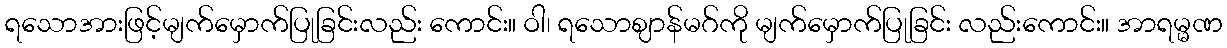
ရသောအားဖြင့်မျက်မှောက်ပြုခြင်းလည်း ကောင်း။ ဝါ၊ ရသောဈာန်မဂ်ကို မျက်မှောက်ပြုခြင်း လည်းကောင်း။ အာရမ္မဏ